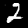
Label: 2